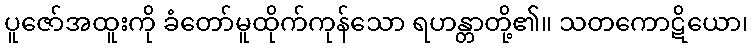
ပူဇော်အထူးကို ခံတော်မူထိုက်ကုန်သော ရဟန္တာတို့၏။ သတကောဋိယော၊